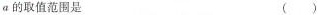
α的取值范围是 ( )